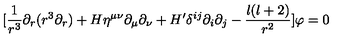
[ \frac { 1 } { r ^ { 3 } } \partial _ { r } ( r ^ { 3 } \partial _ { r } ) + H \eta ^ { \mu \nu } \partial _ { \mu } \partial _ { \nu } + H ^ { \prime } \delta ^ { i j } \partial _ { i } \partial _ { j } - \frac { l ( l + 2 ) } { r ^ { 2 } } ] \varphi = 0